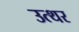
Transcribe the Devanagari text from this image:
उत्थर